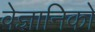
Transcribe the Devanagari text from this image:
वेज्ञानिको